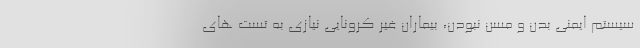
سیستم ایمنی بدن و مسن نبودن، بیماران غیر کرونایی نیازی به تست های